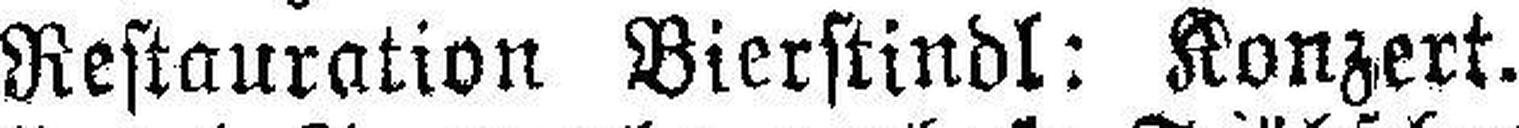
Restauration Bierstindl: Konzert.